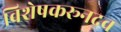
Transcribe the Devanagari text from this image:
विशेषकरूनद्रव